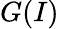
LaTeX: G(I)